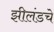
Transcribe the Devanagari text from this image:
झीलंडचे